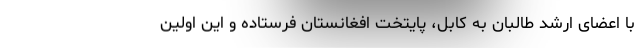
با اعضای ارشد طالبان به کابل، پایتخت افغانستان فرستاده و این اولین